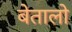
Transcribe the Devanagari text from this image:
बेतालो